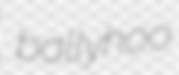
ballyhoo